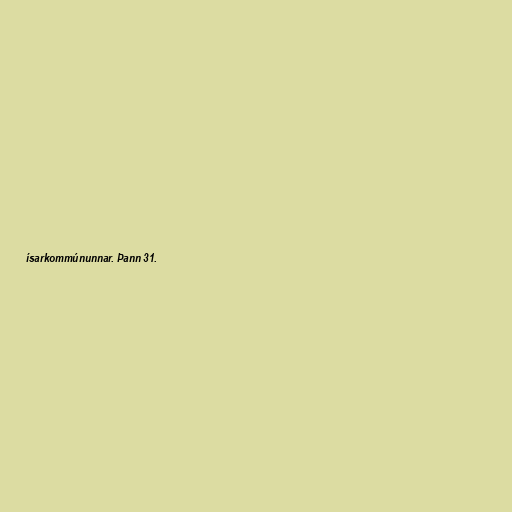
ísarkommúnunnar. Þann 31.